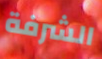
الشرفة